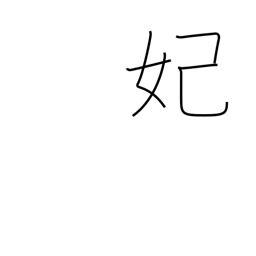
Meaning: princess